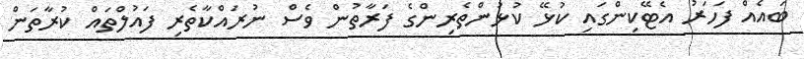
ބައެއް ފަހަރު އެޓޭކިންގައި ކުޅޭ ކުޅުންތެރިންގެ ފަރާތުން ވެސް ނުރައްކާތެރި ފައުލްތައް ކުރާތަން